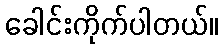
ခေါင်းကိုက်ပါတယ်။